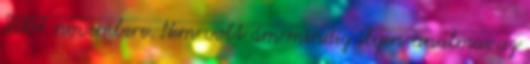
2007 novembere. Nem volt ám mindig ilyen unalmas az